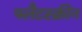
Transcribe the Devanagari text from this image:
फ्लैटस्क्रीन